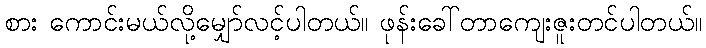
စား ကောင်းမယ်လို့မျှော်လင့်ပါတယ်။ ဖုန်းခေါ်တာကျေးဇူးတင်ပါတယ်။